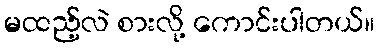
မထည့်လဲ စားလို့ ကောင်းပါတယ်။